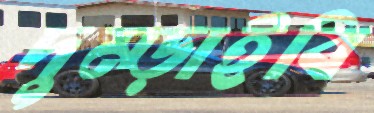
দুম্‌ড়াইবি